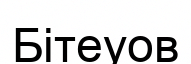
Бітеуов